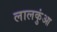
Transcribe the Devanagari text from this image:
लालकुंआ